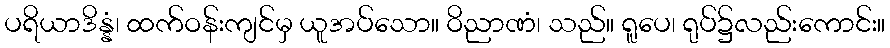
ပရိယာဒိန္နံ၊ ထက်ဝန်းကျင်မှ ယူအပ်သော။ ဝိညာဏံ၊ သည်။ ရူပေ၊ ရုပ်၌လည်းကောင်း။